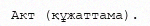
Акт (құжаттама).